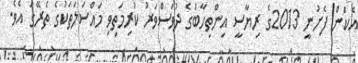
އެކަން ފެށުނީ 2013ގެ ރިޔާސީ އިންތިހާބުގެ ދުވަސްވަރު ކުރިމަތިވި މައްސަލަތަކުގެ ތެރޭގަ އެވެ.